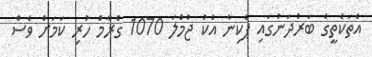
އެތަކެތީގެ ބަރުދަނުގައި ޕެކިނާ އެކު ޖުމްލަ 1070 ގްރާމް ހުރި ކަމަށް ވެސް